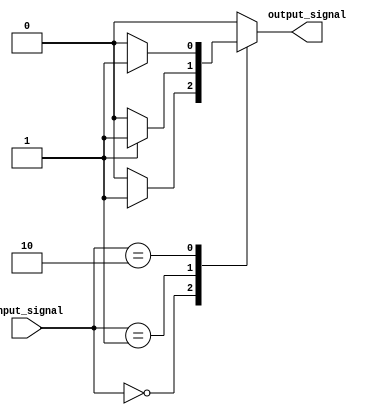
module case_if_else (
    input [1:0] input_signal,
    output reg output_signal
);

always @(*) begin
    case (input_signal)
        2'b00: begin
            if (some_condition) begin
                output_signal <= 1'b1;
            end else begin
                output_signal <= 1'b0;
            end
        end
        2'b01: begin
            if (another_condition) begin
                output_signal <= 1'b1;
            end else begin
                output_signal <= 1'b0;
            end
        end
        2'b10: begin
            if (yet_another_condition) begin
                output_signal <= 1'b1;
            end else begin
                output_signal <= 1'b0;
            end
        end
        default: begin
            output_signal <= 1'b0;
        end
    endcase
end

endmodule